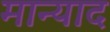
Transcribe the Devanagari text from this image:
मान्याद